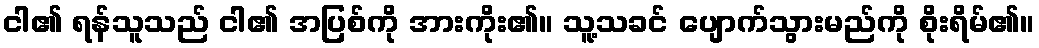
ငါ၏ ရန်သူသည် ငါ၏ အပြစ်ကို အားကိုး၏။ သူ့သခင် ပျောက်သွားမည်ကို စိုးရိမ်၏။